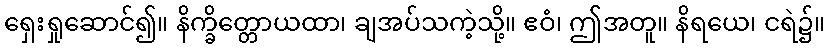
ရှေးရှုဆောင်၍။ နိက္ခိတ္တောယထာ၊ ချအပ်သကဲ့သို့။ ဧဝံ၊ ဤအတူ။ နိရယေ၊ ငရဲ၌။